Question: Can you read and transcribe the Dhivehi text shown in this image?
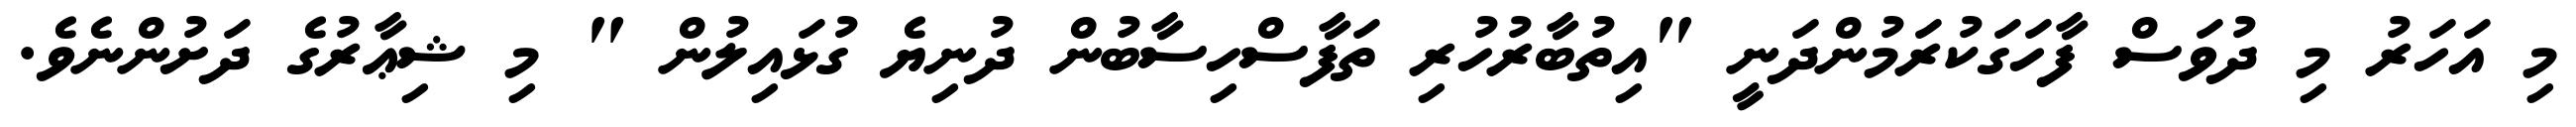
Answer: މި އަހަރު މި ދުވަސް ފާހަގަކުރަމުންދަނީ "އިތުބާރުހުރި ތަފާސްހިސާބުން ދުނިޔެ ގުޅައިލުން " މި ޝިޢާރުގެ ދަށުންނެވެ.